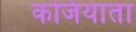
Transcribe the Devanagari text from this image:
कजियाता